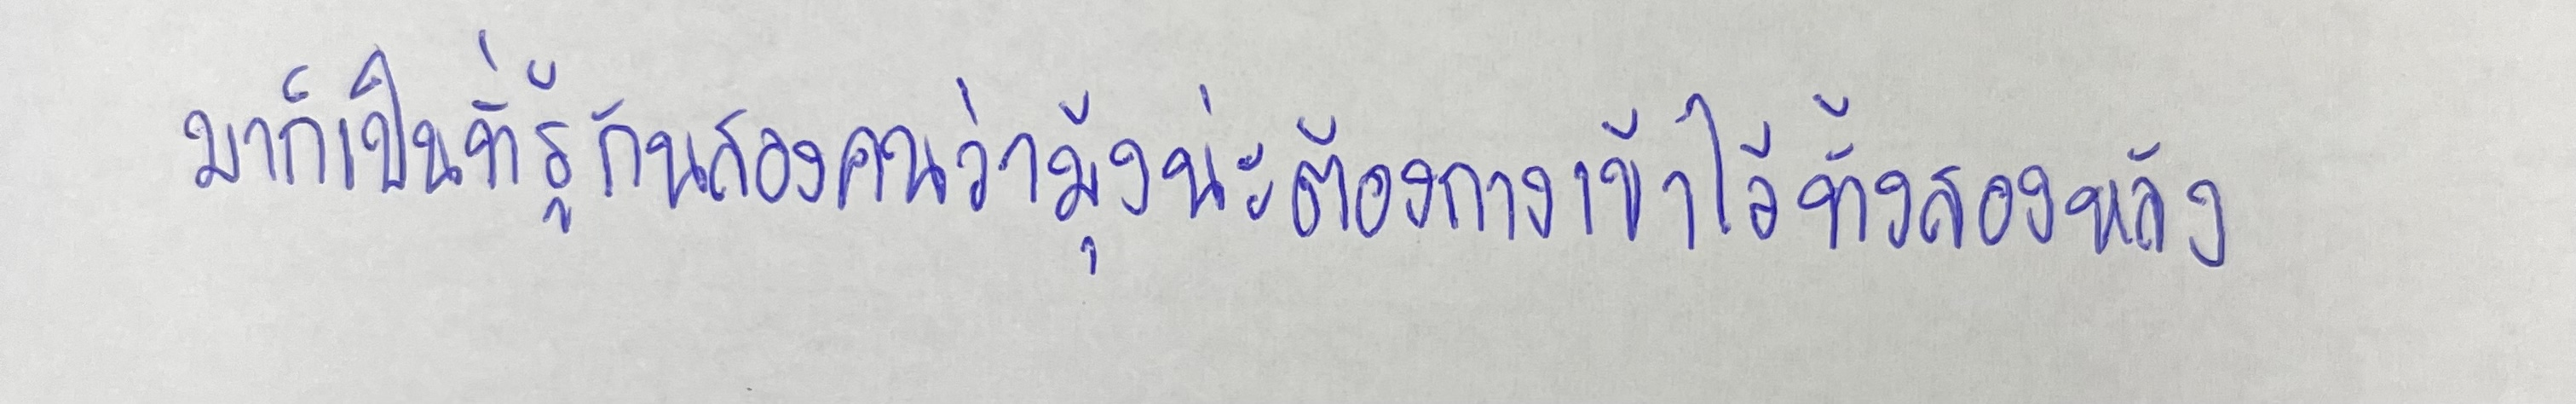
มาก็เป็นที่รู้กันสองคนว่ามุ้งน่ะต้องกางเข้าไว้ทั้งสองหลัง